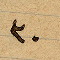
٣٠